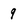
Character: 9